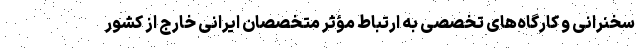
سخنرانی و کارگاه‌های تخصصی به ارتباط مؤثر متخصصان ایرانی خارج از کشور